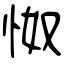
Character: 怓